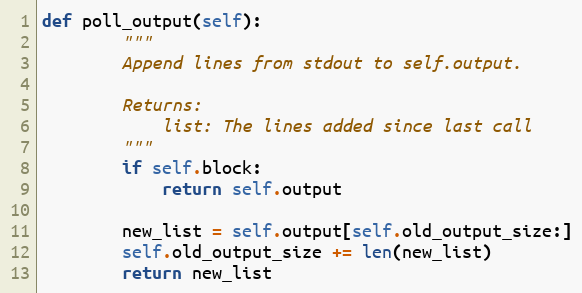
Language: Python
def poll_output(self):
        """
        Append lines from stdout to self.output.

        Returns:
            list: The lines added since last call
        """
        if self.block:
            return self.output

        new_list = self.output[self.old_output_size:]
        self.old_output_size += len(new_list)
        return new_list